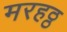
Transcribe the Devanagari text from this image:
मरहठ्ठ